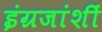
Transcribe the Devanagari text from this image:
इंग्रजांशीं